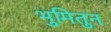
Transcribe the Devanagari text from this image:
भुमितुन